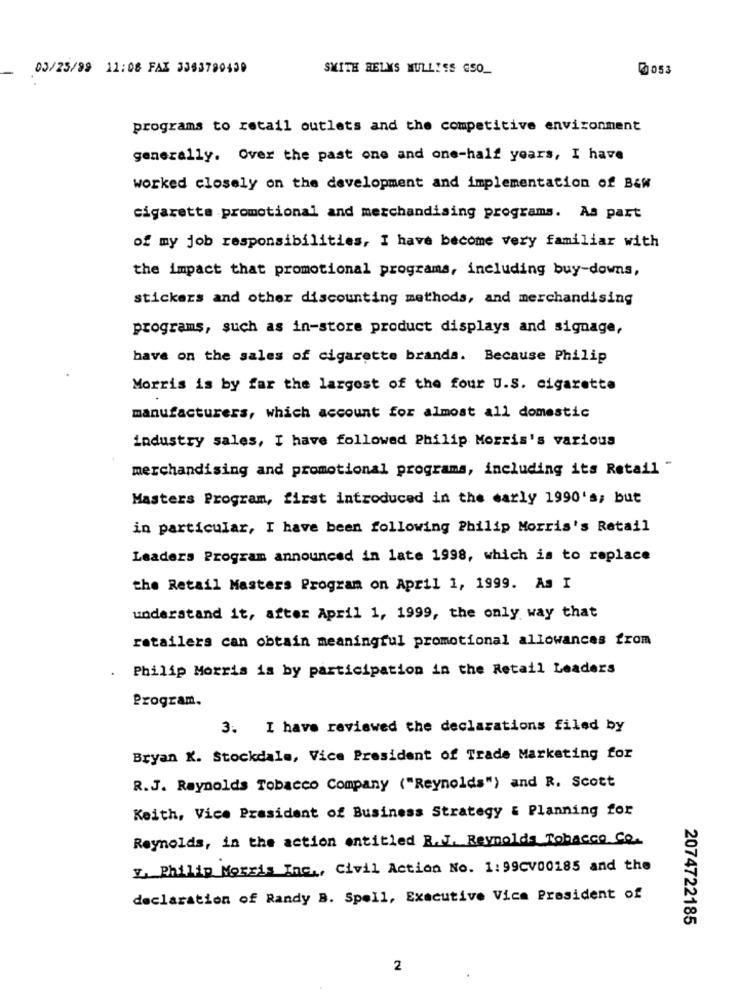
03/25/99 11:08 FAX 3393780439
SMITH BELYS MULLISS CSO_
@053
programs to retail outlets and the competitive environment
generally. Over the past one and one-half years, I have
worked closely on the development and implementation of B&w
cigaretta promotional and merchandising programs. As part
of my job responsibilities, I have become very familiar with
the impact that promotional programs, including buy-downs,
stickers and other discounting methods, and merchandising
programs, such as in-store product displays and signage,
have on the sales of cigarette brands. Because Philip
Morris is by far the largest of the four U.S. cigarette
manufacturers, which account for almost all domestic
industry sales, I have followed Philip Morris's various
merchandising and promotional programs, including its Retail "
Masters Program, first introduced in the early 1990's; but
in particular, I have been following Philip Morris's Retail
Leaders Program announced in late 1998, which is to replace
the Retail Masters Program on April 1, 1999. As I
understand it, after April 1, 1999, the only way that
retailers can obtain meaningful promotional allowances from
Philip Morris is by participation in the Retail Leaders
Program.
3. I have reviewed the declarations filed by
Bryan K. Stockdale, Vice President of Trade Marketing for
R.J. Reynolds Tobacco Company ("Reynolds") and R. Scott
Keith, Vice President of Business Strategy & Planning for
Reynolds, in the action entitled B.J. Reynolds Tobacco Co.
2. Philip Morris Inc ., Civil Action No. 1: 99CV00185 and the
declaration of Randy B. Spell, Executive Vice President of
2074722185
2